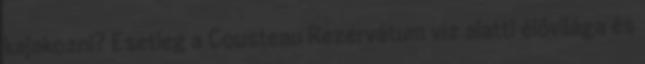
kajakozni? Esetleg a Cousteau Rezervátum víz alatti élővilága és